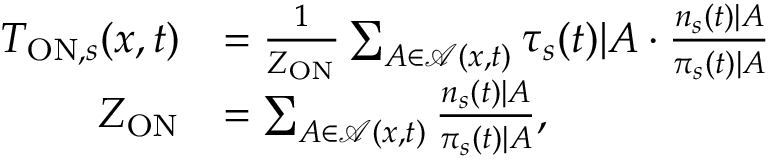
\begin{array} { r l } { T _ { \mathrm { O N } , s } ( x , t ) } & { = \frac { 1 } { Z _ { \mathrm { O N } } } \sum _ { A \in \mathcal { A } ( x , t ) } \tau _ { s } ( t ) | A \cdot \frac { n _ { s } ( t ) | A } { \pi _ { s } ( t ) | A } } \\ { Z _ { \mathrm { O N } } } & { = \sum _ { A \in \mathcal { A } ( x , t ) } \frac { n _ { s } ( t ) | A } { \pi _ { s } ( t ) | A } , } \end{array}